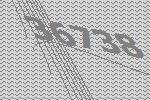
36738